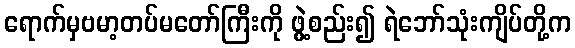
ရောက်မှဗမာ့တပ်မတော်ကြီးကို ဖွဲ့စည်း၍ ရဲဘော်သုံးကျိပ်တို့က